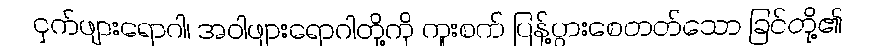
ငှက်ဖျားရောဂါ၊ အဝါဖျားရောဂါတို့ကို ကူးစက် ပြန့်ပွားစေတတ်သော ခြင်တို့၏